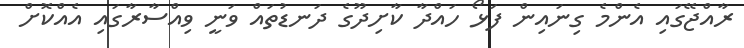
ރާއްޖޭގައި އެންމެ ގިނައިން ފަޅޯ ހައްދާ ކާށިދޫގެ ދަނޑުތައް ވަނީ ވިއްސާރާގައި އެއްކޮށް